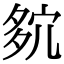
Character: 𡖢